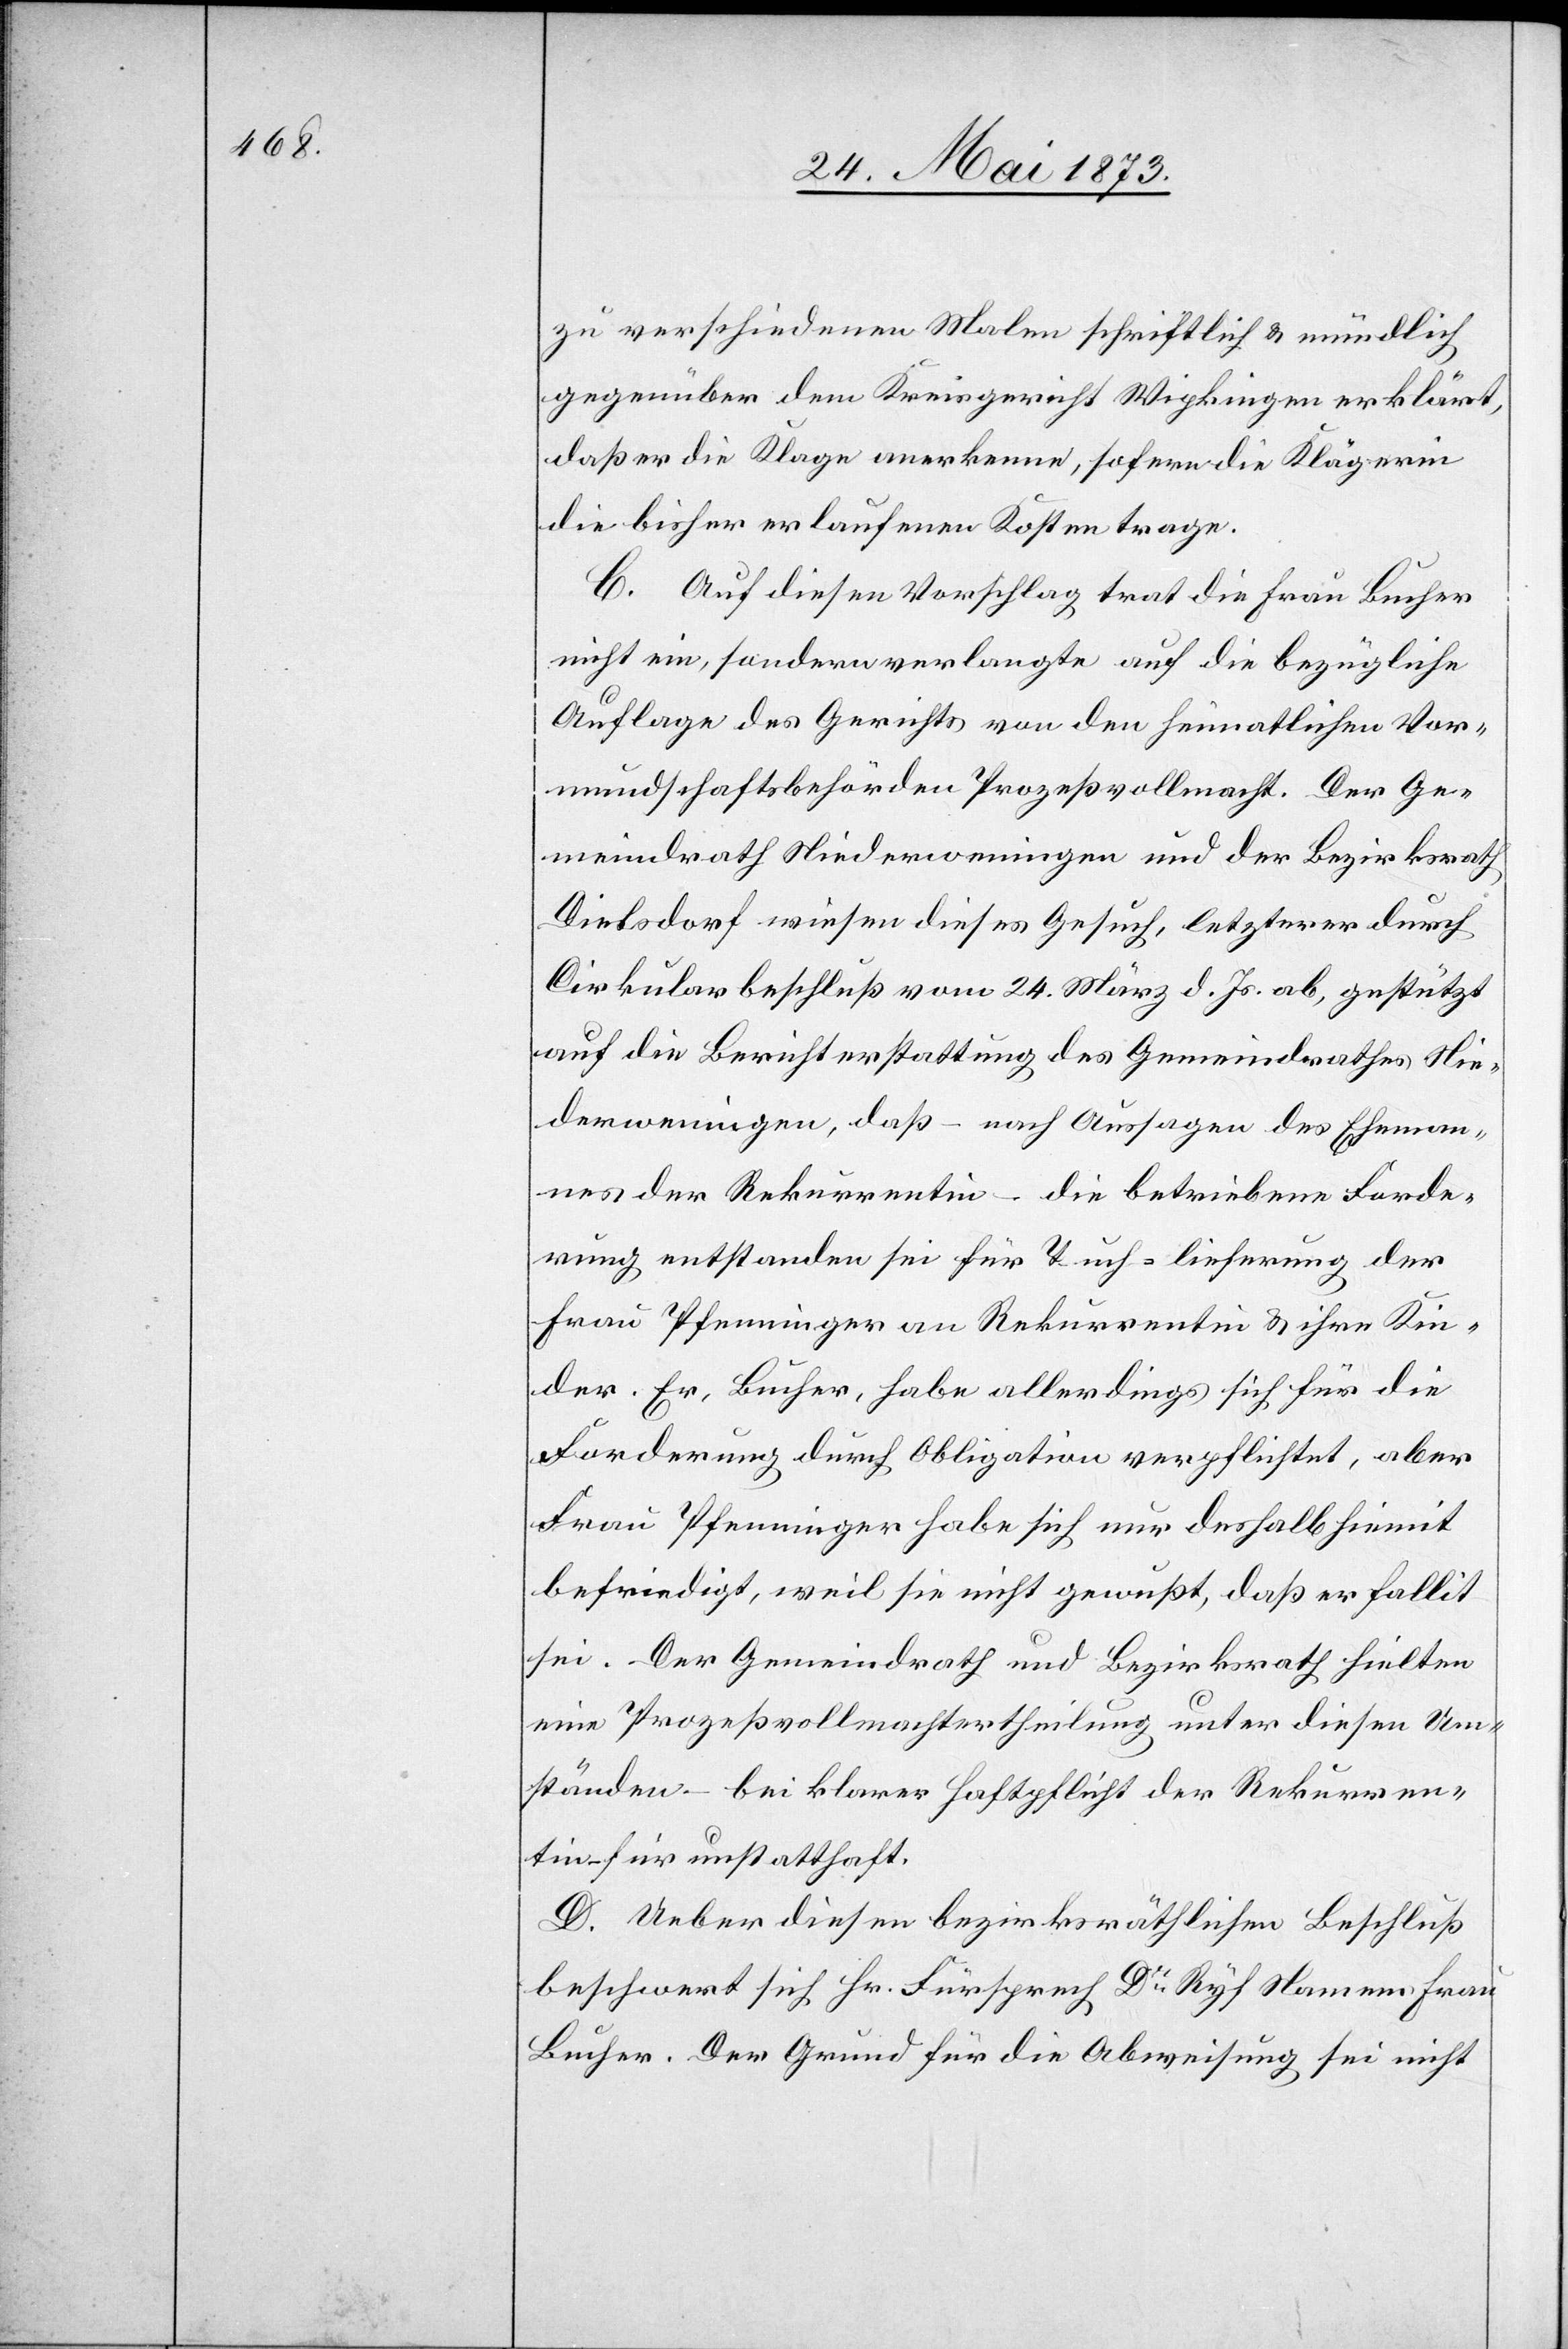
zu verschiedenen Malen schriftlich & mündlich
gegenüber dem Kreisgericht Wipkingen erklärt,
daß er die Klage anerkenne, sofern die Klägerin
die bisher erlaufenen Kosten trage.
C. Auf diesen Vorschlag trat die Frau Bucher
nicht ein, sondern verlangte auf die bezügliche
Auflage des Gerichts von den heimatlichen Vor¬
mundschaftsbehörden Prozeßvollmacht. Der Ge¬
meindrath Niederweningen und der Bezirksrath
Dielsdorf wiesen dieses Gesuch, letzterer durch
Cirkularbeschluß vom 24. März d. Js. ab, gestützt
auf die Berichterstattung des Gemeindrathes Nie¬
derweningen, daß – nach Aussagen des Eheman¬
nes der Rekurrentin – die betriebene Forde¬
rung entstanden sei für Tuch-lieferung der
Frau Pfenninger an Rekurrentin & ihre Kin¬
der. Er, Bucher, habe allerdings sich für die
Forderung durch Obligation verpflichtet, aber
Frau Pfenninger habe sich nur deshalb hiemit
befriedigt, weil sie nicht gewußt, daß er fallit
sei. Der Gemeindrath und Bezirksrath hielten
eine Prozeßvollmachtertheilung unter diesen Um¬
ständen – bei klarer Haftpflicht der Rekurren¬
tin – für unstatthaft.
D. Ueber diesen bezirksräthlichen Beschluß
beschwert sich Hr. Fürsprech Dr Ryf Namens Frau
Bucher. Der Grund für die Abweisung sei nicht